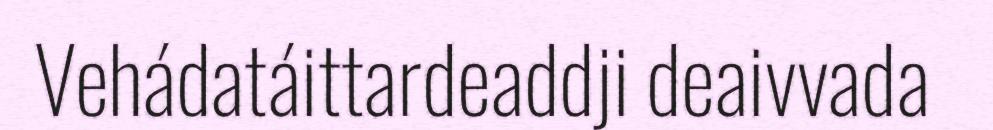
Vehádatáittardeaddji deaivvada